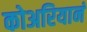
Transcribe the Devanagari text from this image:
कोअरियानं